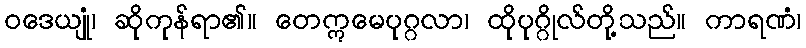
ဝဒေယျုံ၊ ဆိုကုန်ရာ၏။ တေဣမေပုဂ္ဂလာ၊ ထိုပုဂ္ဂိုလ်တို့သည်။ ကာရဏံ၊